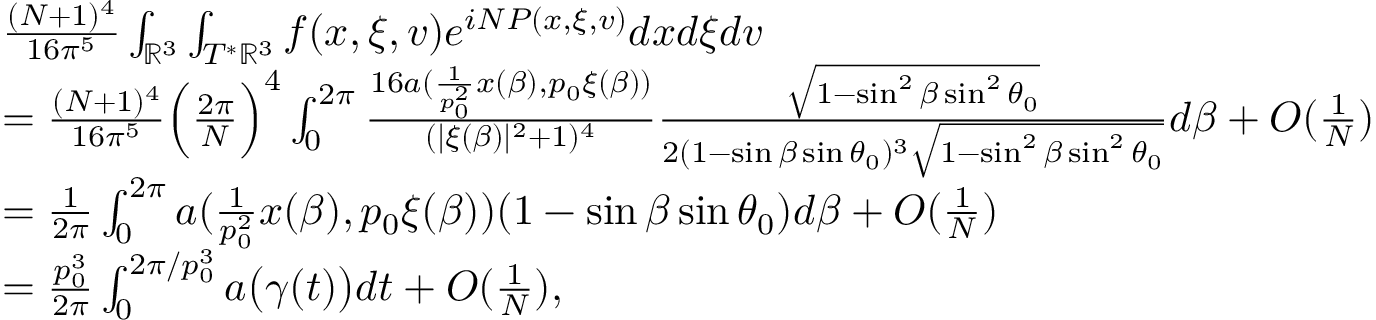
\begin{array} { r l } & { \frac { ( N + 1 ) ^ { 4 } } { 1 6 \pi ^ { 5 } } \int _ { \mathbb { R } ^ { 3 } } \int _ { T ^ { * } \mathbb { R } ^ { 3 } } f ( x , \xi , v ) e ^ { i N P ( x , \xi , v ) } d x d \xi d v } \\ & { = \frac { ( N + 1 ) ^ { 4 } } { 1 6 \pi ^ { 5 } } \Big ( \frac { 2 \pi } { N } \Big ) ^ { 4 } \int _ { 0 } ^ { 2 \pi } \frac { 1 6 a ( \frac { 1 } { p _ { 0 } ^ { 2 } } x ( \beta ) , p _ { 0 } \xi ( \beta ) ) } { ( | \xi ( \beta ) | ^ { 2 } + 1 ) ^ { 4 } } \frac { \sqrt { 1 - \sin ^ { 2 } \beta \sin ^ { 2 } \theta _ { 0 } } } { 2 ( 1 - \sin \beta \sin \theta _ { 0 } ) ^ { 3 } \sqrt { 1 - \sin ^ { 2 } \beta \sin ^ { 2 } \theta _ { 0 } } } d \beta + O ( \frac { 1 } { N } ) } \\ & { = \frac { 1 } { 2 \pi } \int _ { 0 } ^ { 2 \pi } a ( \frac { 1 } { p _ { 0 } ^ { 2 } } x ( \beta ) , p _ { 0 } \xi ( \beta ) ) ( 1 - \sin \beta \sin \theta _ { 0 } ) d \beta + O ( \frac { 1 } { N } ) } \\ & { = \frac { p _ { 0 } ^ { 3 } } { 2 \pi } \int _ { 0 } ^ { 2 \pi / p _ { 0 } ^ { 3 } } a \big ( \gamma ( t ) \big ) d t + O ( \frac { 1 } { N } ) , } \end{array}